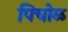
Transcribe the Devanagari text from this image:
पिचोळ